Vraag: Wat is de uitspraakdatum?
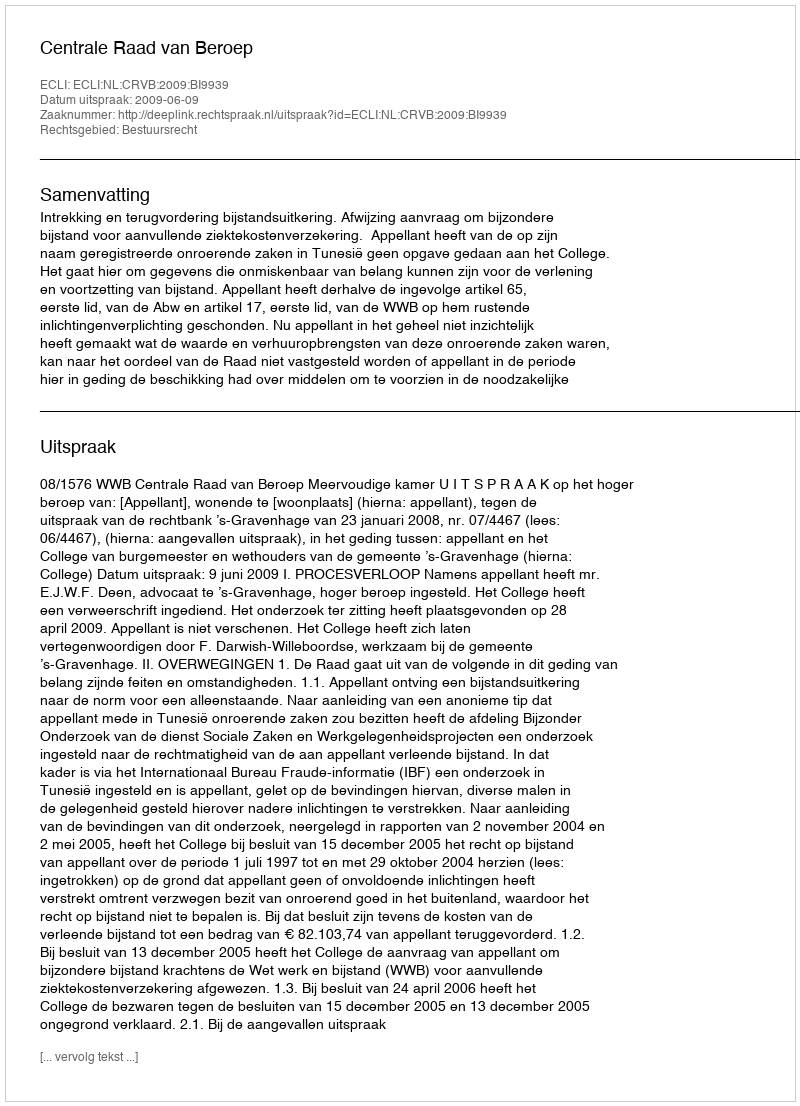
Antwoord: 2009-06-09